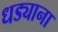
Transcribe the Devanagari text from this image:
धड्याना